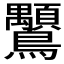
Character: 𲍪